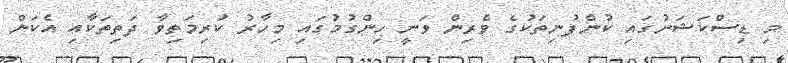
މި ޑިސްކަޝަނުގައި ކުންފުނިތަކުގެ ވެރިން ވަނީ ހިންގުމުގައި މިހާރު ކުރިމަތިވާ ދަތިތަކާއި އެކަން